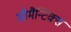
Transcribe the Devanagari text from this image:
सीमैन्टिक्स